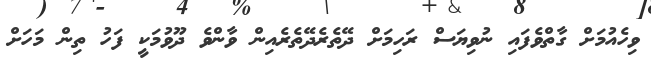
ވިހެއުމަށް ގާތްވެފައި ނުވިޔަސް ރަހިމަށް ދޭތެރެދޭތެރެއިން ވާންވެ ދޫވުމަކީ ފަހު ތިން މަހަށް